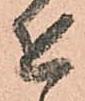
を